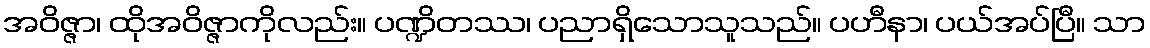
အဝိဇ္ဇာ၊ ထိုအဝိဇ္ဇာကိုလည်း။ ပဏ္ဍိတဿ၊ ပညာရှိသောသူသည်။ ပဟီနာ၊ ပယ်အပ်ပြီ။ သာ